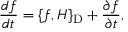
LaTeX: \frac { d f } { d t } = \{ f , H \} _ { \mathrm { D } } + \frac { \partial f } { \partial t } ,